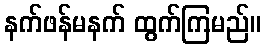
နက်ဖန်မနက် ထွက်ကြမည်။